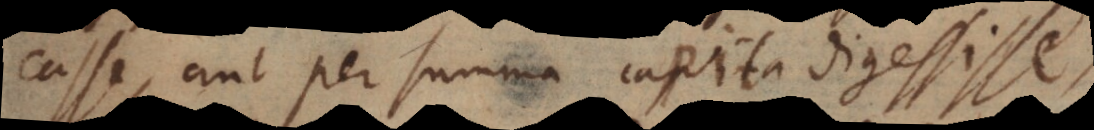
casse, aut per summa capita digessisse,